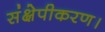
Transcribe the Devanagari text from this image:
संक्षेपीकरण।